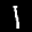
Digit: 1